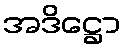
အဒိဋ္ဌော